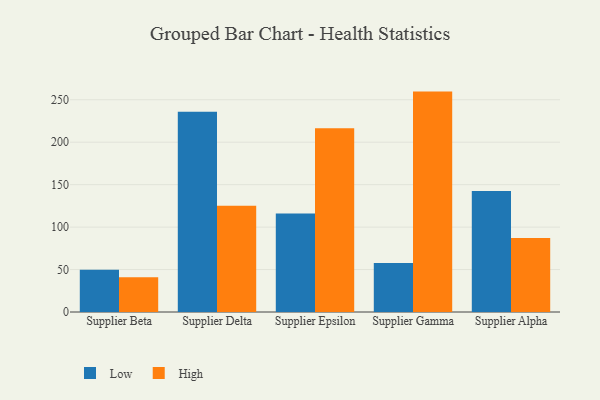
{"axis": {"x": "Supplier", "y": "Bounce Rate (%)"}, "legend": ["High", "Low"], "data": [{"x": "Supplier Beta", "y": 49.9, "type": "Low"}, {"x": "Supplier Beta", "y": 40.9, "type": "High"}, {"x": "Supplier Delta", "y": 235.9, "type": "Low"}, {"x": "Supplier Delta", "y": 125.2, "type": "High"}, {"x": "Supplier Epsilon", "y": 116.0, "type": "Low"}, {"x": "Supplier Epsilon", "y": 216.4, "type": "High"}, {"x": "Supplier Gamma", "y": 57.8, "type": "Low"}, {"x": "Supplier Gamma", "y": 259.6, "type": "High"}, {"x": "Supplier Alpha", "y": 142.4, "type": "Low"}, {"x": "Supplier Alpha", "y": 87.1, "type": "High"}]}